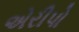
એરીપો